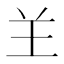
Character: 𦍌